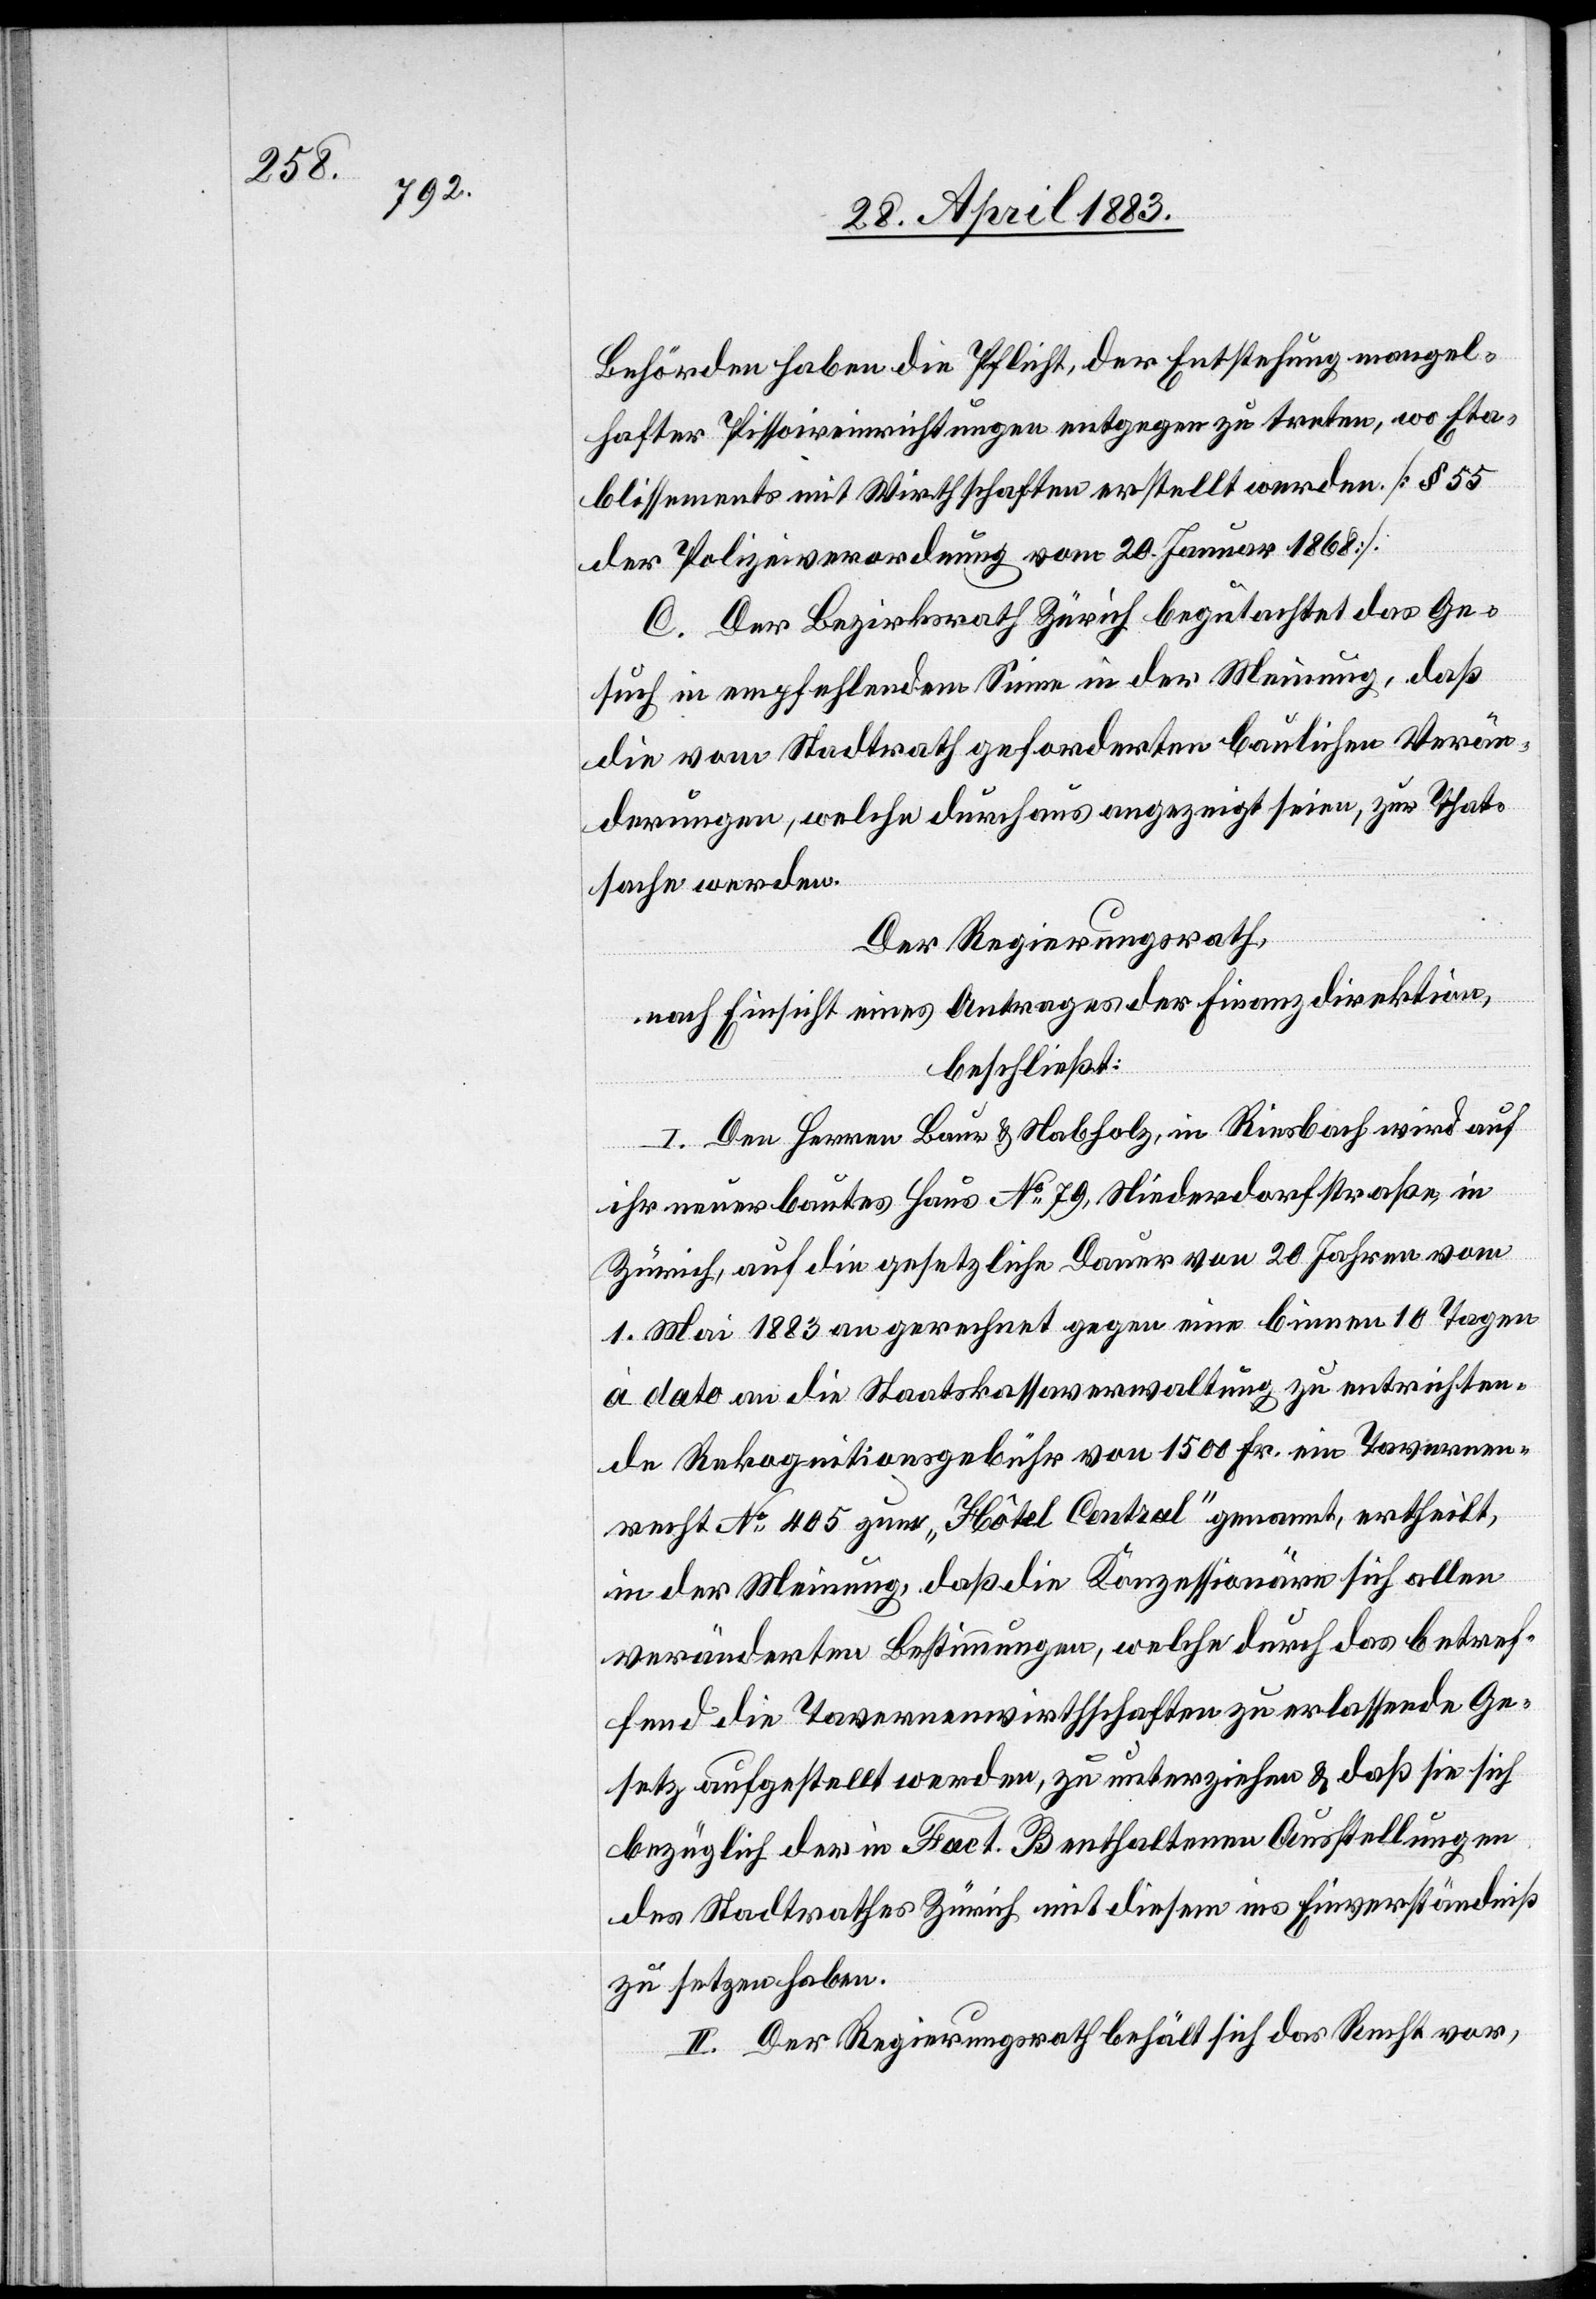
Behörden haben die Pflicht, der Entstehung mangel¬
hafter Pissoireinrichtungen entgegen zu treten, wo Eta¬
blissements mit Wirthschaften erstellt werden. [§ 55
der Polizeiverordnung vom 20. Januar 1868].
C. Der Bezirksrath Zürich begutachtet das Ge¬
such in empfehlendem Sinne in der Meinung, daß
die vom Stadtrath geforderten baulichen Verän¬
derungen, welche durchaus angezeigt seien, zur That¬
sache werden.
Der Regierungsrath,
nach Einsicht eines Antrages der Finanzdirektion,
beschließt:
I. Den Herren Baur & Nabholz, in Riesbach wird auf
ihr neuerbautes Haus No 79, Niederdorfstraße, in
Zürich, auf die gesetzliche Dauer von 20 Jahren vom
1. Mai 1883 angerechnet gegen eine binnen 10 Tagen
à dato an die Staatskassaverwaltung zu entrichten¬
de Rekognitionsgebühr von 1500 Fr. ein Tavernen¬
recht No 405 zum „Hôtel Central“ genannt, ertheilt,
in der Meinung, daß die Konzessionäre sich allen
veränderten Bestimmungen, welche durch das betref¬
fend die Tavernenwirthschaften zu erlassende Ge¬
setz aufgestellt werden, zu unterziehen & daß sie sich
bezüglich der in Fact. B enthaltenen Ausstellungen
des Stadtrathes Zürich mit diesem ins Einverständniß
zu setzen haben.
II. Der Regierungsrath behält sich das Recht vor,